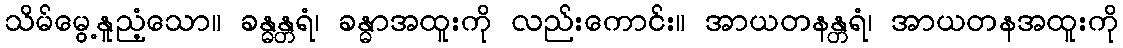
သိမ်မွေ့နူညံ့သော။ ခန္ဓန္တရံ၊ ခန္ဓာအထူးကို လည်းကောင်း။ အာယတနန္တရံ၊ အာယတနအထူးကို